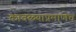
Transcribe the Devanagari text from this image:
कावळ्याप्रमाणेच